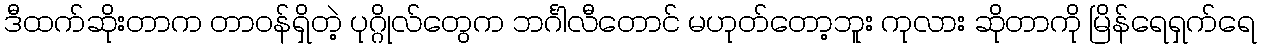
ဒီထက်ဆိုးတာက တာဝန်ရှိတဲ့ ပုဂ္ဂိုလ်တွေက ဘင်္ဂါလီတောင် မဟုတ်တော့ဘူး ကုလား ဆိုတာကို မြိန်ရေရှက်ရေ